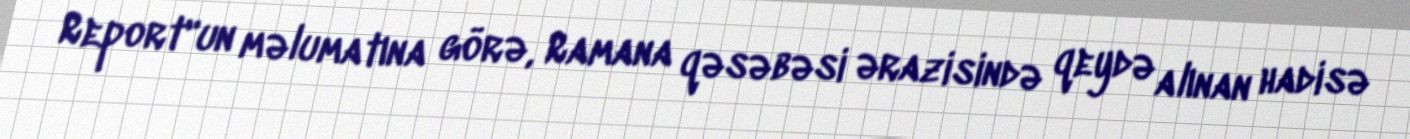
Report"un məlumatına görə, Ramana qəsəbəsi ərazisində qeydə alınan hadisə